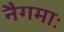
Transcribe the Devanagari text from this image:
नैगमाः